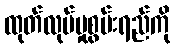
ထုတ်လုပ်မှုစွမ်းရည်ကို